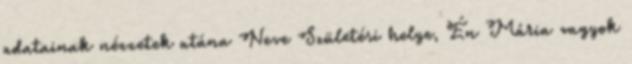
adatainak nézzetek utána Neve Születési helye, Én Mária vagyok